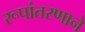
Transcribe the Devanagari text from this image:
रूपांतरणाने